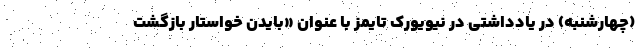
(چهارشنبه) در یادداشتی در نیویورک تایمز با عنوان «بایدن خواستار بازگشت